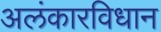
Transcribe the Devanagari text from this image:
अलंकारविधान